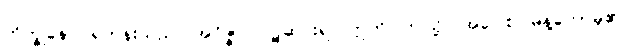
ဘိက္ခုနော၊ ရဟန်းသည်။ အဝိဇ္ဇာ၊ ဝဋ်ဆင်းရဲ။ ဣတိ၊ ဤသို့။ အဝေါစ၊ မိန့်တော်မူ၏။